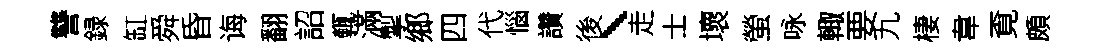
讐録缸舜昏诲翻詔輒滿掣鄉四代惱讚後、走士壞螢咏輙要九棲韋覔頗